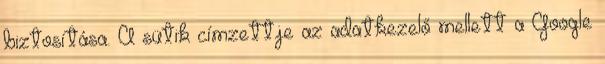
biztosítása. A sütik címzettje az adatkezelő mellett a Google